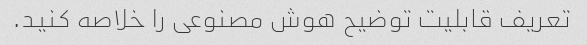
تعریف قابلیت توضیح هوش مصنوعی را خلاصه کنید.